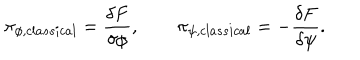
\pi _ { \phi , c l a s s i c a l } = { \frac { \delta F } { \delta \phi } } , \qquad \pi _ { \psi , c l a s s i c a l } = - { \frac { \delta F } { \delta \psi } } .